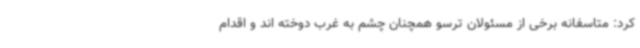
کرد: متاسفانه برخی از مسئولان ترسو همچنان چشم به غرب دوخته اند و اقدام